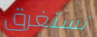
نستغرق